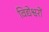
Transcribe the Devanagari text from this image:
विद्येश्वरों